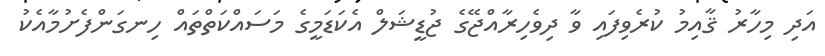
އަދި މިހާރު ޤާއިމު ކުރެވިފައި ވާ ދިވެހިރާއްޖޭގެ ޖުޑީޝަލް އެކަޑަމީގެ މަސައްކަތްތައް ހިނގަންފެށުމާއެކު